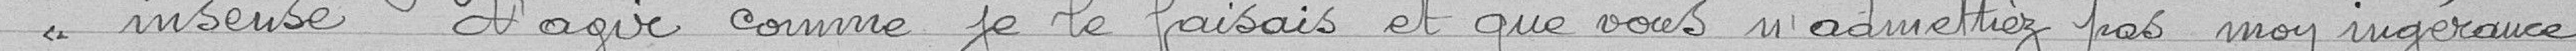
insensé d'agir comme je le faisais et que vous n'admettiez pas mon ingérance